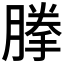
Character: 𰯈